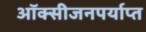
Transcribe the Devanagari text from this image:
ऑक्सीजनपर्याप्त